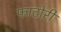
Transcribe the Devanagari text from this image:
फाटोरी